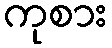
ကုစား